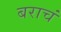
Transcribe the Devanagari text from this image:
बराचं